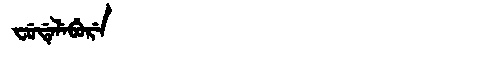
Manchu: ᠸᡠᡩᡝᠯᡝᠪᡠᡵᡝ
Romanization: FUDELEBURE